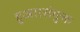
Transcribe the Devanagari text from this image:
हुआ।संयुक्त